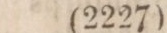
(2227)